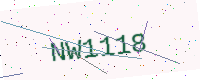
Text: NW1118